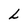
Character: L